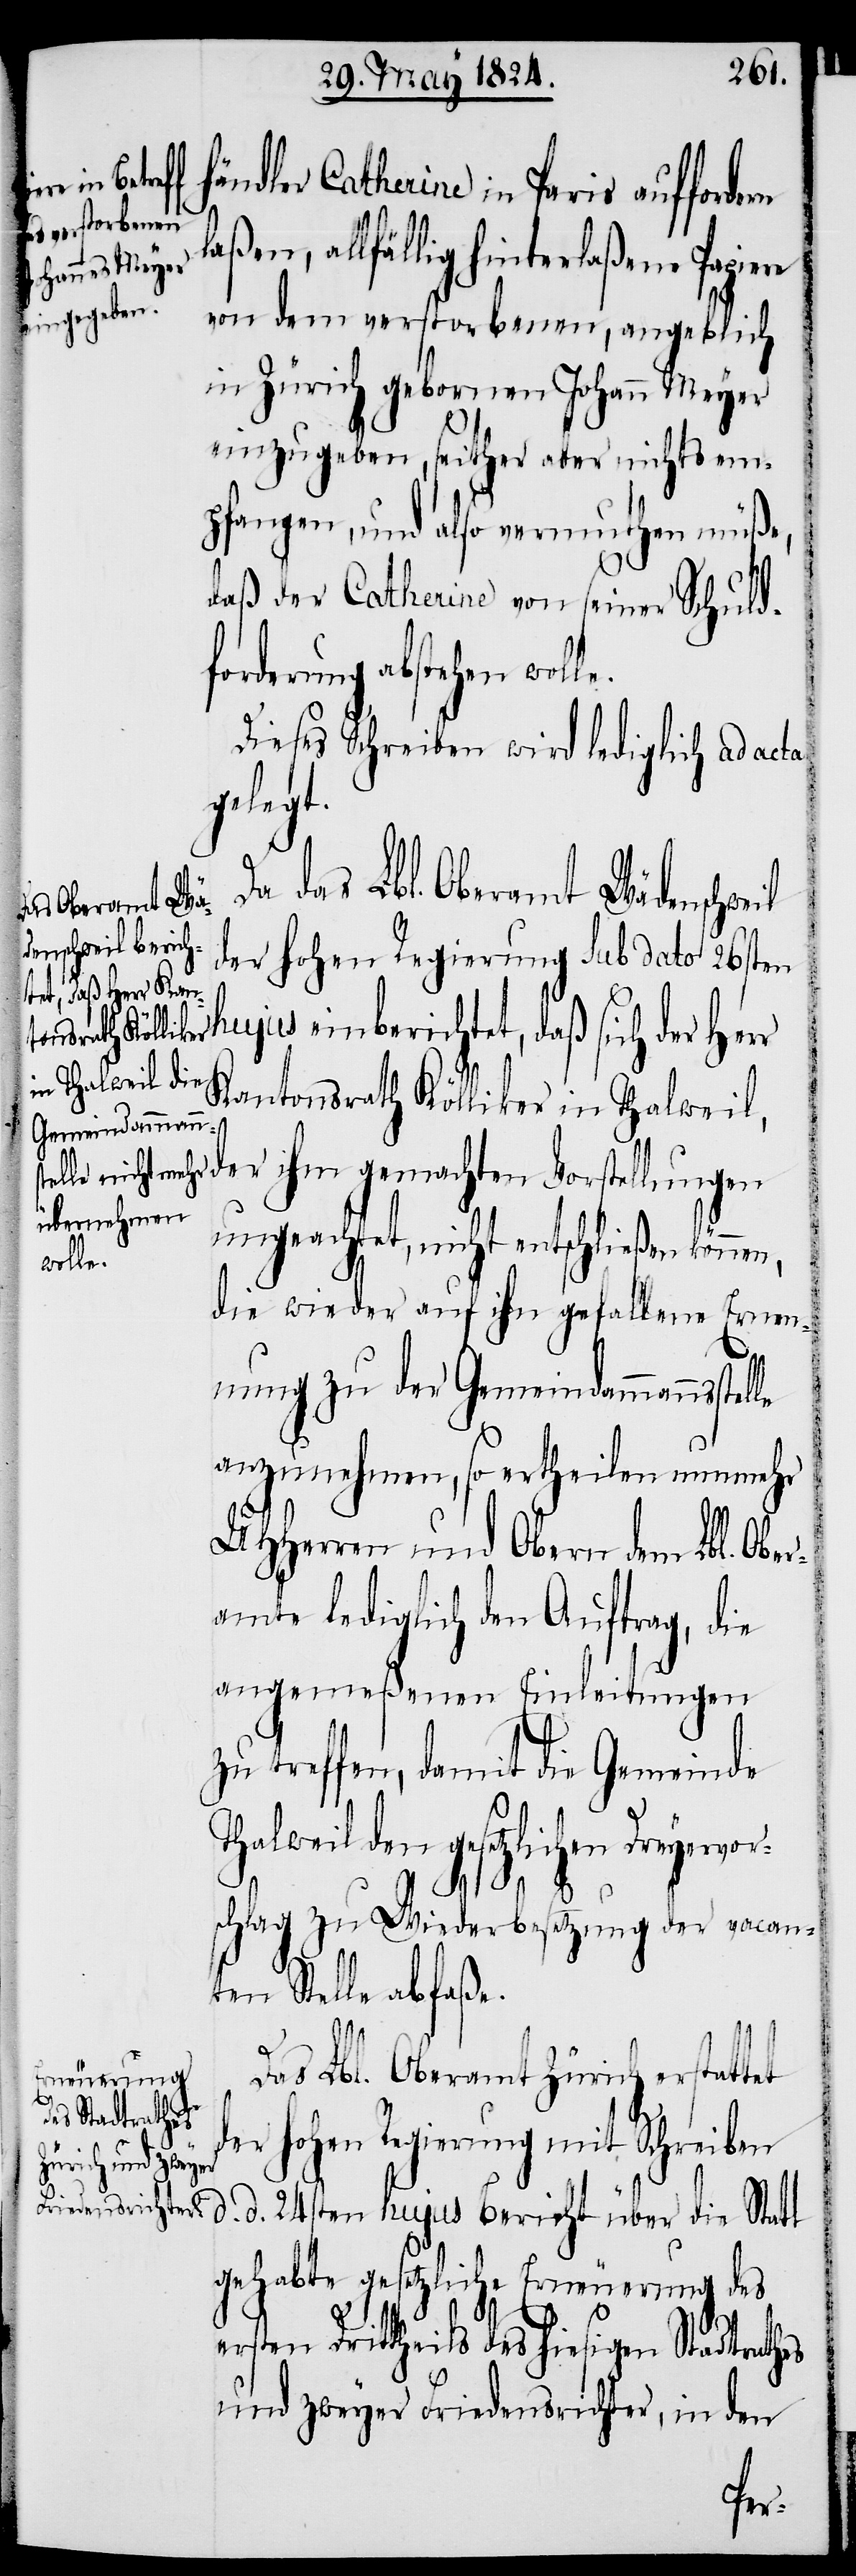
händler Catherine in Paris auffor¬
laßen, allfällig hinterlaßene Papiere
von dem verstorbenen, angeblich
in Zürich geborenen Johann Meyer
einzugeben, seither aber nichts em¬
pfangen, und also vermuthen müße,
daß der Catherine von seiner Schuld¬
forderung abstehen wolle.
Dieses Schreiben wird lediglich ad acta
gelegt.
Da das Lbl. Oberamt Wädenschweil
es hiesig¬
der hohen Regierung sub dato 26sten
hujus einberichtet, daß sich der Herr
Kantonsrath Kölliker in Thalweil,
der ihm gemachten Vorstellungen
ungeachtet, nicht entschließen
telle
die wieder auf ihn gefallene Ernen¬
nung zu der Gemeindammannss¬
anzunehmen, so ertheilen nunmehr
UHHerren und Obern dem Lbl. Ober¬
amte lediglich den Auftrag, die
angemeßenen Einleitungen
zu treffen, damit die Gemeinde
Thalweil den gesetzlichen Dreyervor¬
theils d¬
schlag zu Wiederbesetzung der vacan¬
ten Stelle abfaße.
Das Lbl. Oberamt Zürich erstattet
en Stadtrathes
der hohen Regierung mit Schreiben
d. d. 24sten hujus Bericht über die Statt
gehabte gesetzliche Erneuerung des
und zweyer Friedensrichter, in den
dern